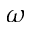
\omega